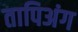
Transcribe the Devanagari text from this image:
तापिअंग